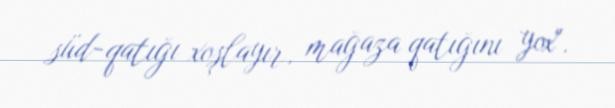
süd-qatığı xoşlayır, mağaza qatığını yox".